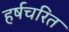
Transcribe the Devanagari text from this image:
हर्षचरित